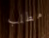
مطلب